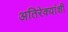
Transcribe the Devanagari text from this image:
अतिरेक्यांशी